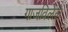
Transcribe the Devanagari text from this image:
गाजविलेले